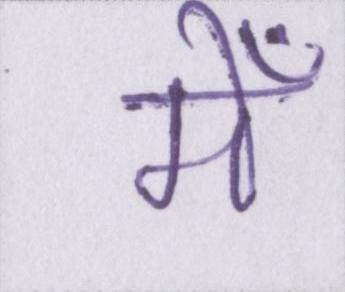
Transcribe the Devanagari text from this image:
मेँ